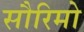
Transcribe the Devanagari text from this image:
सौरिमो